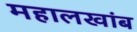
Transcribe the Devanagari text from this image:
महालखांब